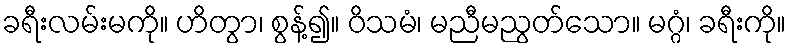
ခရီးလမ်းမကို။ ဟိတွာ၊ စွန့်၍။ ဝိသမံ၊ မညီမညွတ်သော။ မဂ္ဂံ၊ ခရီးကို။